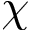
\chi